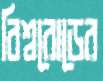
বিশ্বরোডের